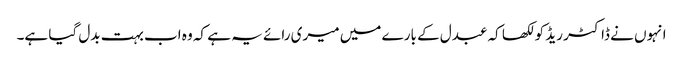
انہوں نے ڈاکٹر ریڈ کو لکھا کہ عبدل کے بارے میں میری رائے یہ ہے کہ وہ اب بہت بدل گیا ہے۔